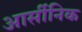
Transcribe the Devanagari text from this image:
आर्सीनिक